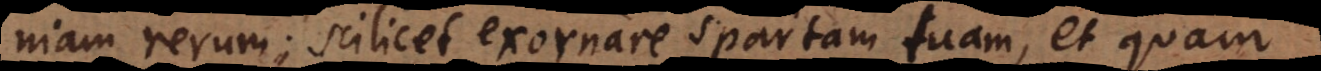
niam rerum; scilicet exornare spartam tuam, et quam